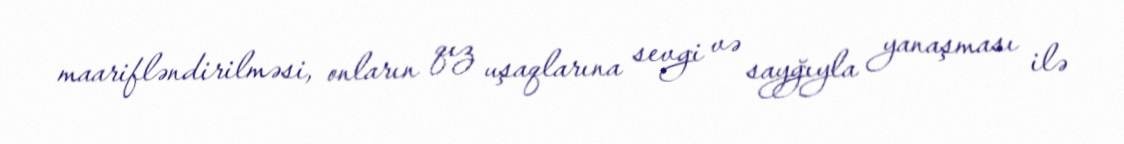
maarifləndirilməsi, onların qız uşaqlarına sevgi və sayğıyla yanaşması ilə